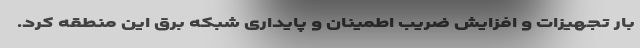
بار تجهیزات و افزایش ضریب اطمینان و پایداری شبکه برق این منطقه کرد.